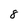
Character: 8